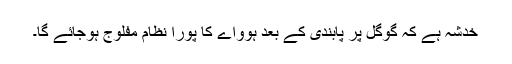
خدشہ ہے کہ گوگل پر پابندی کے بعد ہوواے کا پورا نظام مفلوج ہوجائے گا۔